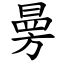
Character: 㬅